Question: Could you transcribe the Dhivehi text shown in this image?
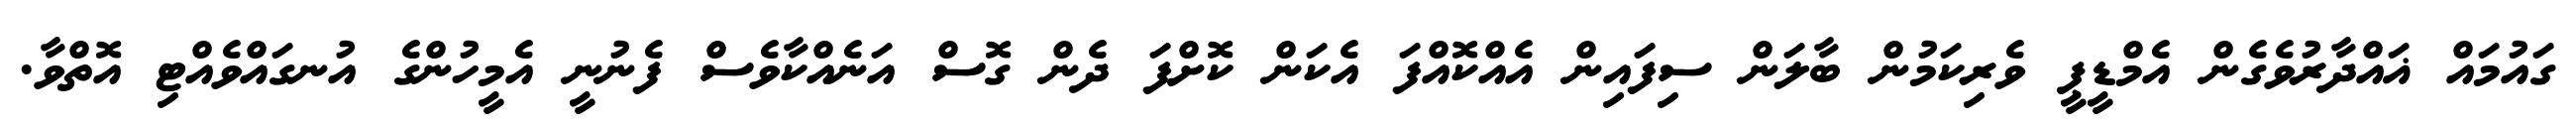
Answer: ގައުމައް ޣައްދާރުވެގެން އެމްޑީޕީ ވެރިކަމުން ބާލަން ސިފައިން އެއްކޮއްފަ އެކަން ކޮށްފަ ދެން ގޮސް އަނެއްކާވެސް ފެނުނީ އެމީހުންގެ އުނގައްވެއްޓި އޮތްވާ.